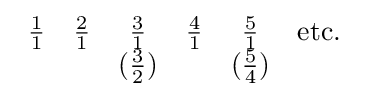
{\begin{array}{cccccc}{\frac {1}{1}}&{\frac {2}{1}}&{\frac {3}{1}}&{\frac {4}{1}}&{\frac {5}{1}}&\mathrm {etc.} \\&&({\frac {3}{2}})&&({\frac {5}{4}})\end{array}}